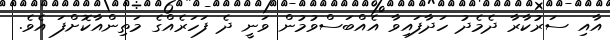
އާއި ސަރުކާރާ ދެމެދު ހަދާފައިވާ އެއްބަސްވުމުން ވަނީ ދެ ފަހަރެއްގެ މަތިންއާކޮށްފަ އެވެ.